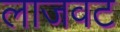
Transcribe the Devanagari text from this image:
लाजवट